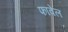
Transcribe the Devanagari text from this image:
फावेल